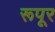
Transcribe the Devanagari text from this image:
रूपूर